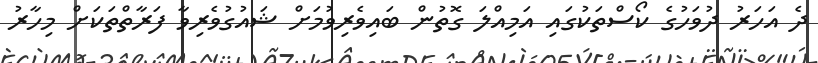
ދެ އަހަރު ދުވަހުގެ ކޯސްތަކުގައި އަމިއްލަ ގޮތުން ބައިވެރިވުމަށް ޝައުގުވެރިވާ ފަރާތްތަކަށް މިހާރު